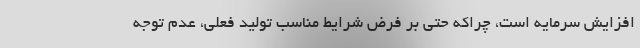
افزایش سرمایه است، چراکه حتی بر فرض شرایط مناسب تولید فعلی، عدم توجه